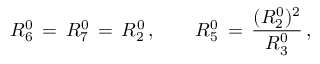
R _ { 6 } ^ { 0 } \, = \, R _ { 7 } ^ { 0 } \, = \, R _ { 2 } ^ { 0 } \, , \qquad R _ { 5 } ^ { 0 } \, = \, \frac { ( R _ { 2 } ^ { 0 } ) ^ { 2 } } { R _ { 3 } ^ { 0 } } \, ,